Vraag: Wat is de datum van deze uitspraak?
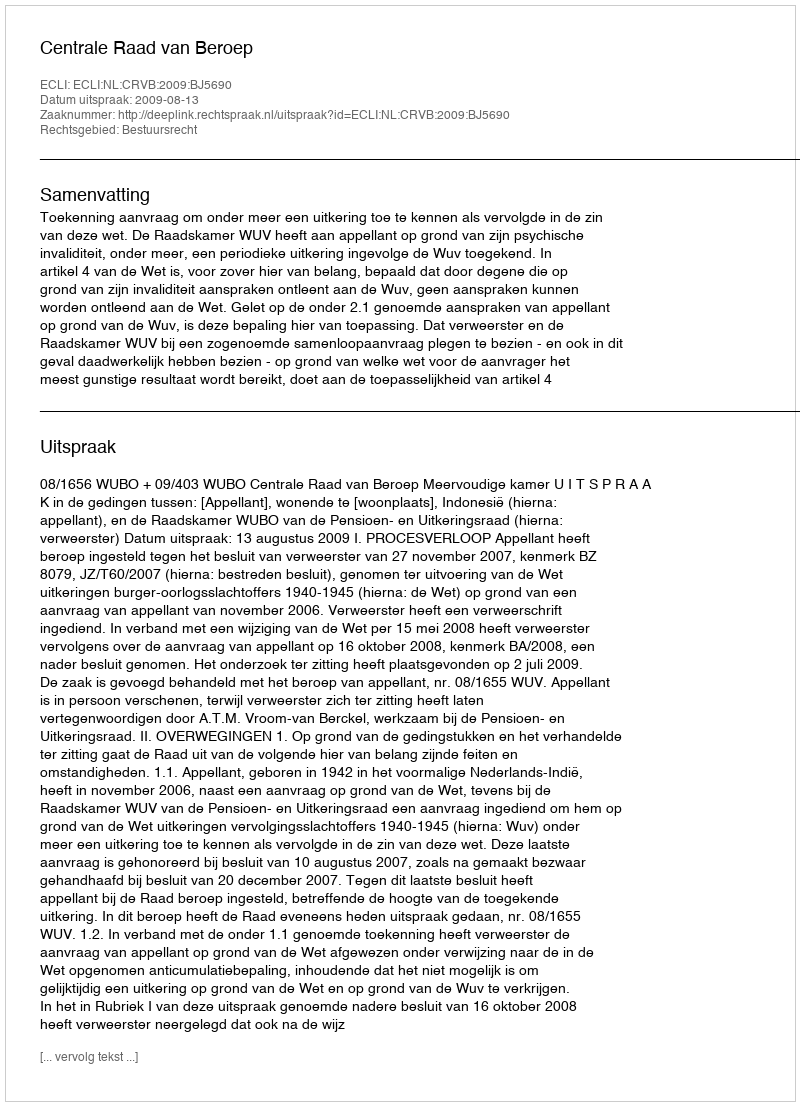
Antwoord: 2009-08-13